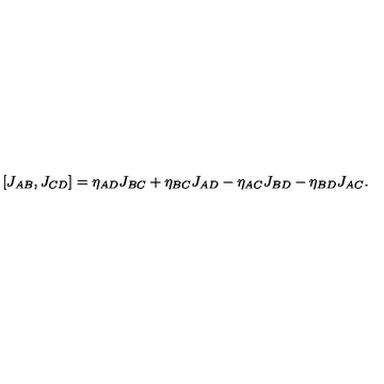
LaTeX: [ J _ { A B } , J _ { C D } ] = \eta _ { A D } J _ { B C } + \eta _ { B C } J _ { A D } - \eta _ { A C } J _ { B D } - \eta _ { B D } J _ { A C } .